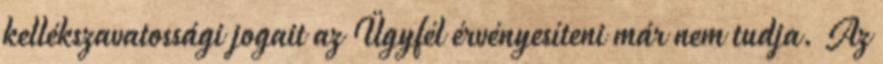
kellékszavatossági jogait az Ügyfél érvényesíteni már nem tudja. Az